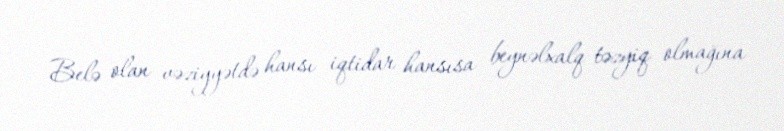
Belə olan vəziyyətdə hansı iqtidar hansısa beynəlxalq təzyiq olmağına